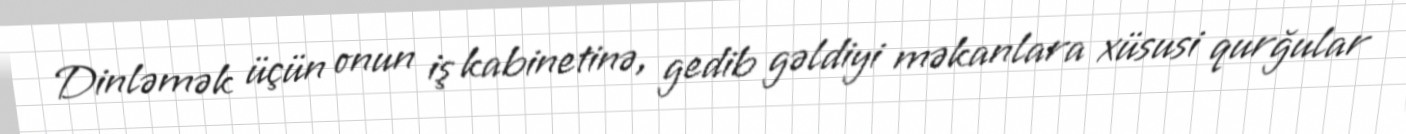
Dinləmək üçün onun iş kabinetinə, gedib gəldiyi məkanlara xüsusi qurğular